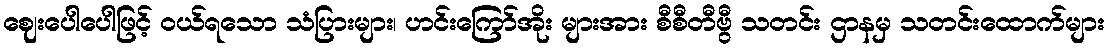
ဈေးပေါပေါဖြင့် ဝယ်ရသော သံပြားများ၊ ဟင်းကြော်အိုး များအား စီစီတီဗွီ သတင်း ဌာနမှ သတင်းထောက်များ